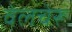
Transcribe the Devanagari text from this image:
वेलचेरू